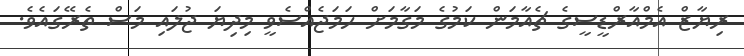
ރިޔާޒް އެމްއާރްޑީސީގެ ޗެއާމަން ކަމުގެ މަގާމަށް ހަމަޖެއްސެވީ މިދިޔަ ޖުލައި މަސް ތެރޭގައެވެ.